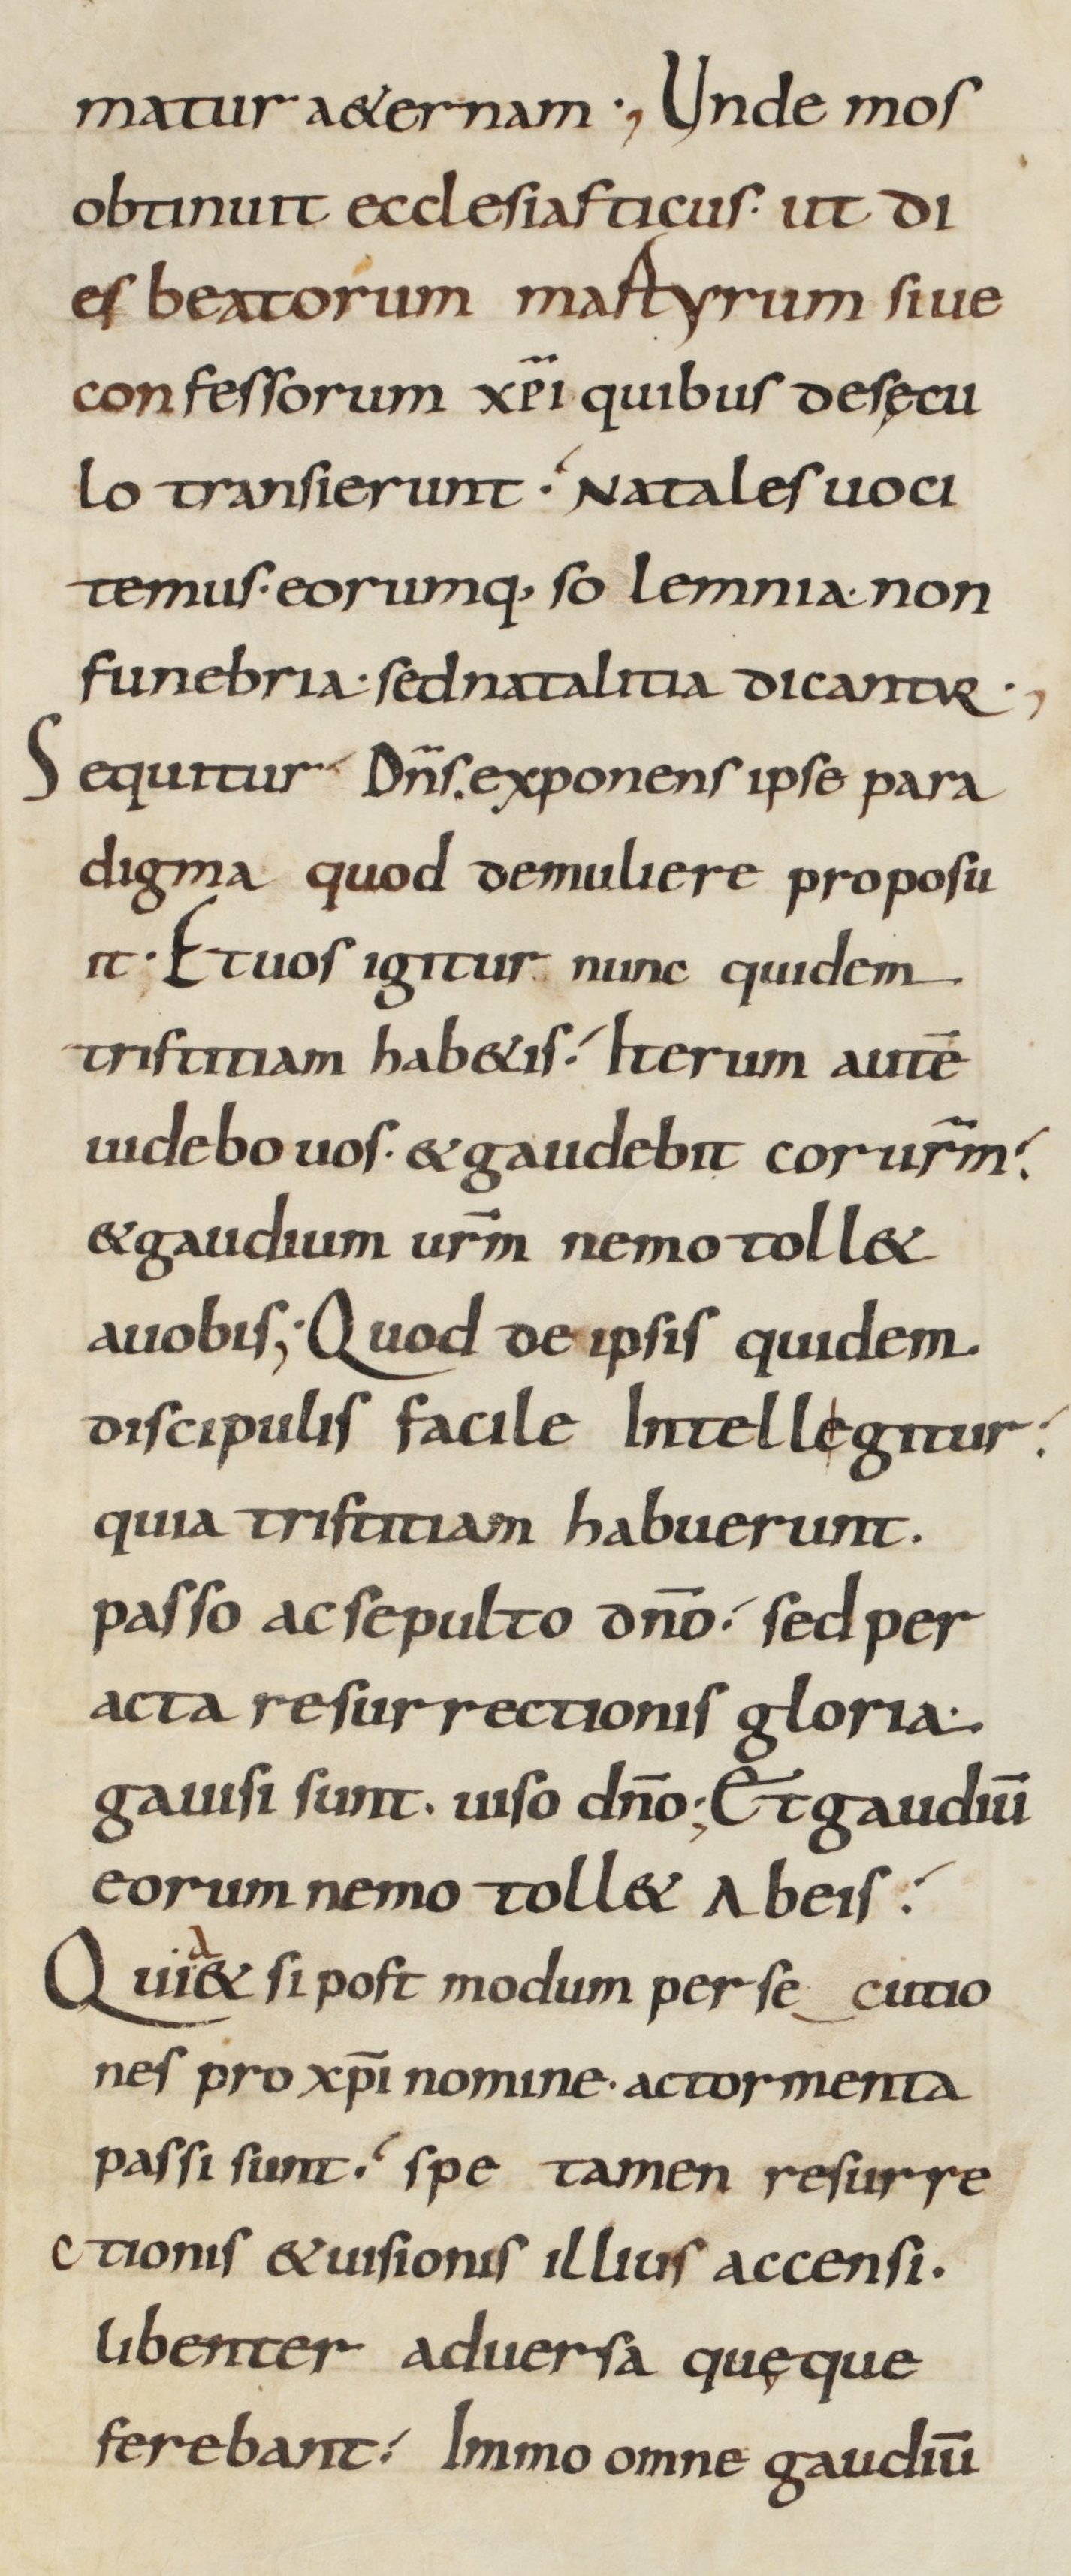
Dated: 900–930